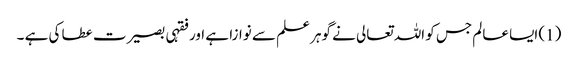
(1) ایسا عالم جس کو اللہ تعالی نے گوہر علم سے نوازا ہے اور فقہی بصیرت عطا کی ہے ۔